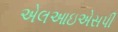
એલઆઇએસપી